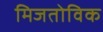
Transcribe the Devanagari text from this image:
मिजतोविक